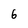
Character: 6